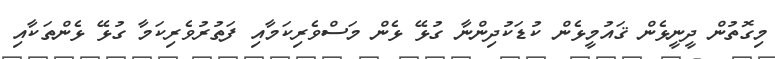
މިގޮތުން ދީނީޅެން ޤައުމީޅެން ކުޑަކުދިންނާ ގުޅޭ ޅެން މަސްވެރިކަމާއި ފަތުރުވެރިކަމާ ގުޅޭ ޅެންތަކާއި